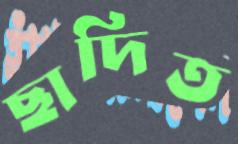
ছাদিত